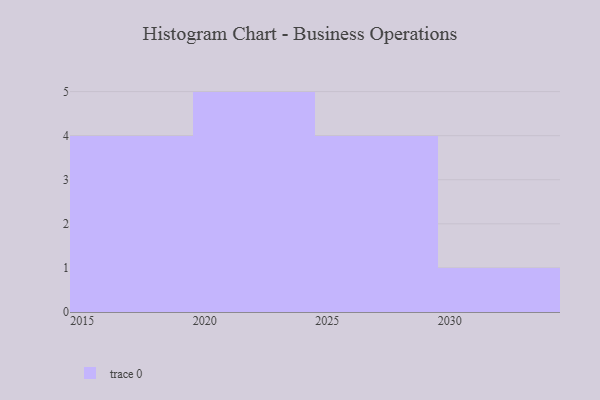
{"axis": {"x": "Year", "y": "Net Income (USD K)"}, "legend": [""], "data": [{"x": "2019", "y": 49, "type": ""}, {"x": "2030", "y": 86, "type": ""}, {"x": "2016", "y": 38, "type": ""}, {"x": "2023", "y": 86, "type": ""}, {"x": "2022", "y": 29, "type": ""}, {"x": "2021", "y": 87, "type": ""}, {"x": "2020", "y": 87, "type": ""}, {"x": "2017", "y": 68, "type": ""}, {"x": "2028", "y": 34, "type": ""}, {"x": "2024", "y": 16, "type": ""}, {"x": "2027", "y": 76, "type": ""}, {"x": "2015", "y": 12, "type": ""}, {"x": "2026", "y": 81, "type": ""}, {"x": "2025", "y": 11, "type": ""}]}